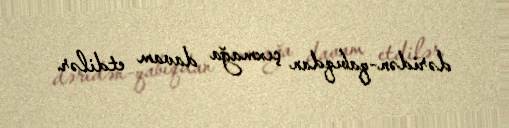
dəridən-qabıqdan çıxmağa davam etdilər.